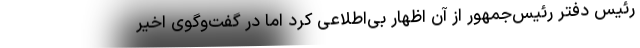
رئیس دفتر رئیس‌جمهور از آن اظهار بی‌اطلاعی کرد اما در گفت‌وگوی اخیر